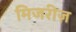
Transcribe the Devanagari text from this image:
मिजरीज़